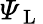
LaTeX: \varPsi_{\mathrm{~L~}}